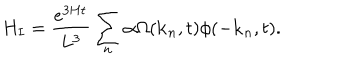
LaTeX: H _ { I } = \frac { e ^ { 3 H t } } { L ^ { 3 } } \sum _ { n } \alpha \Omega ( { \bf k } _ { n } , t ) \phi ( - { \bf k } _ { n } , t ) .